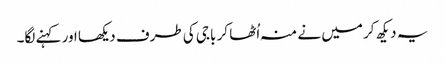
یہ دیکھ کر میں نے منہ اُٹھا کر باجی کی طرف دیکھا اور کہنے لگا۔